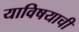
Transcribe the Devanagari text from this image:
याविषयाची